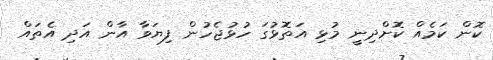
ކޮން ކަމެއް ކޮށްދިނީ މުޅި އަތޮޅުގަ ހުޅުޖެހުން ފިޔަވާ އާން އަދި އެތައް